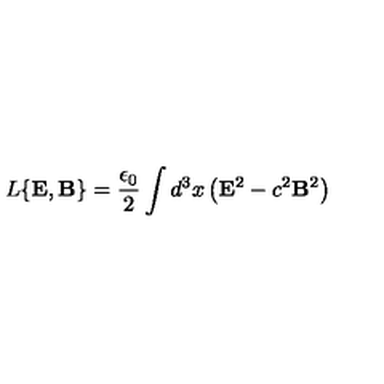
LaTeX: L \{ { \bf E } , { \bf B } \} = \frac { \epsilon _ { 0 } } { 2 } \int d ^ { 3 } x \left( { \bf E } ^ { 2 } - c ^ { 2 } { \bf B } ^ { 2 } \right)